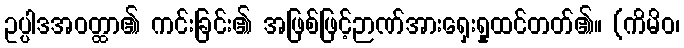
ဥပ္ပါဒအဝတ္ထာ၏ ကင်းခြင်း၏ အဖြစ်ဖြင့်ဉာဏ်အားရှေးရှုထင်တတ်၏။ (ကိမိဝ၊